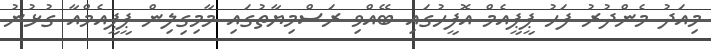
މިއަދު މެންދުރު ފަހު ޕީޕީއެމް އޮފީހުގައި ބޭއްވި ރަސްމިޔާތުގައި މާމިގިލިން ޕީޕީއެމްއާ ގުޅުނު